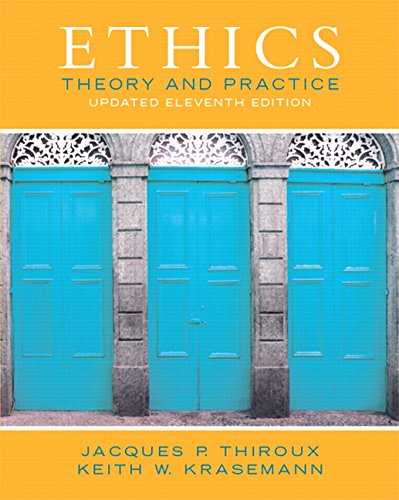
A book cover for Ethics: Theory and Practice (Updated Edition) (11th Edition); Jacques P. Thiroux; Politics & Social Sciences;